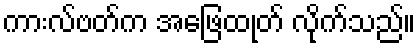
ကားလ်ဗတ်က အဖြေထုတ် လိုက်သည်။